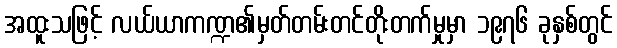
အထူးသဖြင့် လယ်ယာကဏ္ဍ၏မှတ်တမ်းတင်တိုးတက်မှုမှာ ၁၉၇၆ ခုနှစ်တွင်